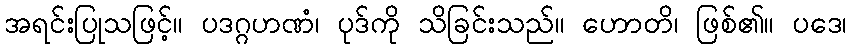
အရင်းပြုသဖြင့်။ ပဒဂ္ဂဟဏံ၊ ပုဒ်ကို သိခြင်းသည်။ ဟောတိ၊ ဖြစ်၏။ ပဒေ၊